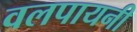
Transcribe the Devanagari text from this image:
वलपायनी